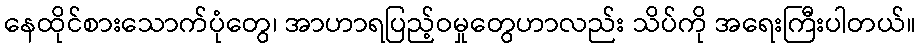
နေထိုင်စားသောက်ပုံတွေ၊ အာဟာရပြည့်ဝမှုတွေဟာလည်း သိပ်ကို အရေးကြီးပါတယ်။